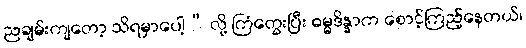
ညချမ်းကျတော့ သိရမှာပေါ့” လို့ ကြံတွေးပြီး ဓမ္မဒိန္နာက စောင့်ကြည့်နေတယ်၊